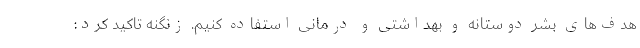
هدف‌های بشر دوستانه و بهداشتی و درمانی استفاده کنیم. زنگنه تاکید کرد: